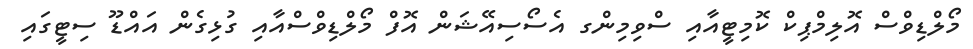
މޯލްޑިވްސް އޮލިމްޕިކް ކޮމިޓީއާއި ސްވިމިންގ އެސޯސިއޭޝަން އޮފް މޯލްޑިވްސްއާއި ގުޅިގެން އައްޑޫ ސިޓީގައި